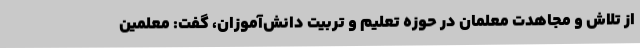
از تلاش و مجاهدت معلمان در حوزه تعلیم و تربیت دانش‌آموزان، گفت: معلمین